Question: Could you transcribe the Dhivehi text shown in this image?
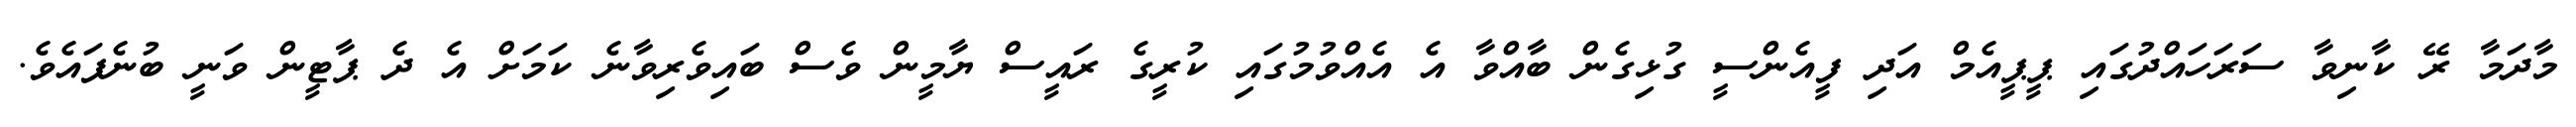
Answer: މާދަމާ ރޭ ކާނިވާ ސަރަހައްދުގައި ޕީޕީއެމް އަދި ފީއެންސީ ގުޅިގެން ބާއްވާ އެ އެއްވުމުގައި ކުރީގެ ރައީސް ޔާމީން ވެސް ބައިވެރިވާނެ ކަމަށް އެ ދެ ޕާޓީން ވަނީ ބުނެފައެވެ.